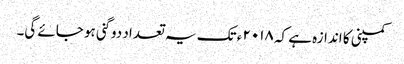
کمپنی کا اندازہ ہے کہ ۲۰۱۸ ء تک یہ تعداد دو گنی ہو جائے گی۔